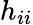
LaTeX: h_{ii}